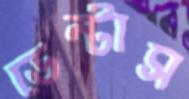
ডেন্টাস